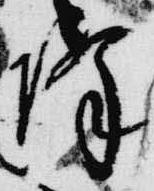
降